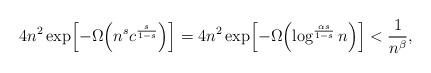
LaTeX: \begin{align*} 4n^2\exp\Bigl[-\Omega\Bigl(n^{s}c^{ \frac{s}{1-s}}\Bigr)\Bigr]= 4n^2\exp\Bigl[-\Omega\Bigl(\log^{ \frac{\alpha s}{1-s}}n\Bigr)\Bigr]< \frac{1}{n^\beta},\end{align*}